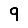
Digit: 9